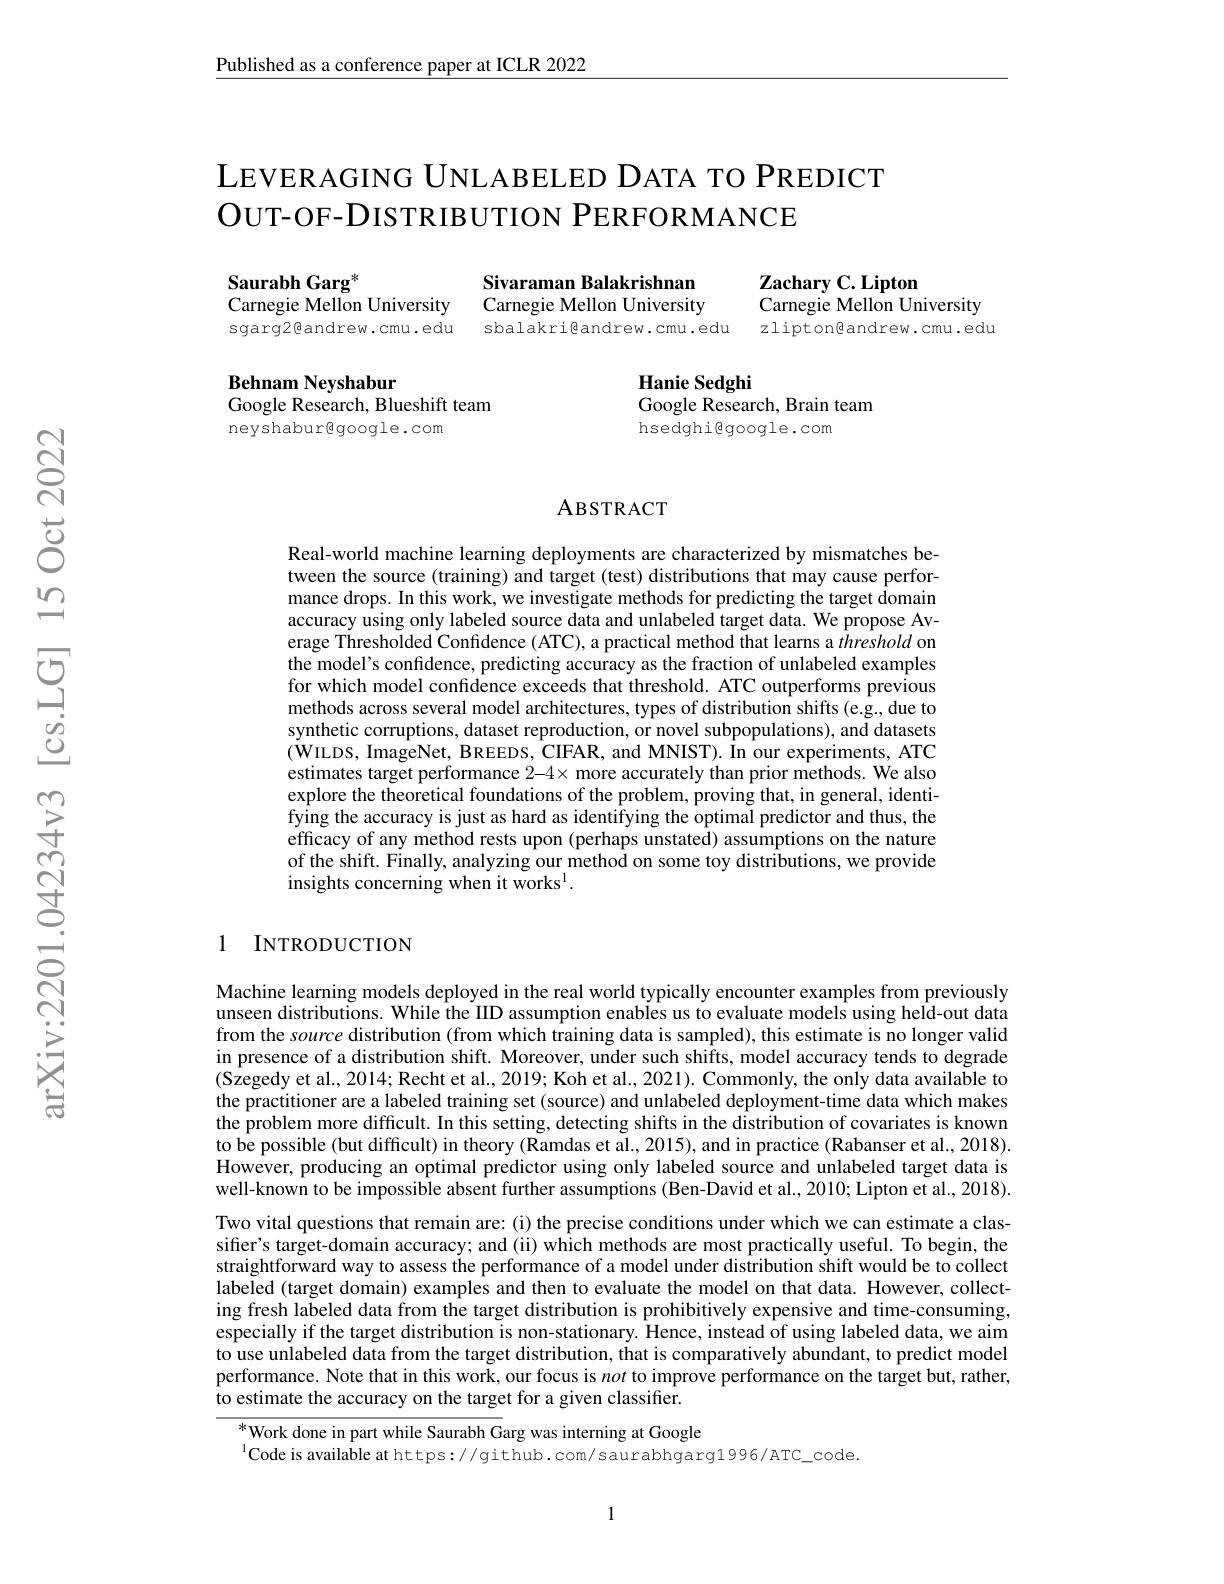
$\underline{\text{Published as a conference paper at ICLR 2022}}$

# LEVERAGING UNLABELED DATA TO PREDICT OUT-OF-DISTRIBUTION PERFORMANCE

Sivaraman Balakrishnan Carnegie Mellon University sbalakri@andrew.cmu.edu

Saurabh Garg$^{*}$
Carnegie Mellon University sgarg2@andrew.cmu.edu

Zachary C. Lipton
Carnegie Mellon University zliptongandrew.cmu.edu

Behnam Neyshabur
Google Research, Blueshift team
neyshaburgoogle.com

Hanie Sedghi
Google Research, Brain team
hsedghigoogle.com

### ABSTRACT

Real-world machine learning deployments are characterized by mismatches between the source (training) and target (test) distributions that may cause performance drops. In this work, we investigate methods for predicting the target domain accuracy using only labeled source data and unlabeled target data. We propose Average Thresholded Confidence (ATC), a practical method that learns a threshold on the model's confidence, predicting accuracy as the fraction of unlabeled examples for which model confidence exceeds that threshold. ATC outperforms previous methods across several model architectures, types of distribution shifts (e.g., due to synthetic corruptions, dataset reproduction, or novel subpopulations), and datasets $(\tilde{\text{WILDS, ImageNet, BREEDS, CIFAR, and MNIST). In our experiments, ATC}}$ estimates target performance 2-4× more accurately than prior methods. We also explore the theoretical foundations of the problem, proving that, in general, identifying the accuracy is just as hard as identifying the optimal predictor and thus, the efficacy of any method rests upon (perhaps unstated) assumptions on the nature of the shift. Finally, analyzing our method on some toy distributions, we provide insights concerning when it works$^{\mathrm{l}}.$

### 1 INTRODUCTION

Machine learning models deployed in the real world typically encounter examples from previously unseen distributions. While the IID assumption enables us to evaluate models using held-out data from the source distribution (from which training data is sampled), this estimate is no longer valid in presence of a distribution shift. Moreover, under such shifts, model accuracy tends to degrade (Szegedy et al., 2014; Recht et al., 2019; Koh et al., 2021). Commonly, the only data available to the practitioner are a labeled training set (source) and unlabeled deployment-time data which makes the problem more difficult. In this setting, detecting shifts in the distribution of covariates is known to be possible (but difficult) in theory (Ramdas et al., 2015),and in practice (Rabanser et al., 2018). However, producing an optimal predictor using only labeled source and unlabeled target data is well-known to be impossible absent further assumptions (Ben-David et al., 2010; Lipton et al., 2018). Two vital questions that remain are: (i) the precise conditions under which we can estimate a classiffer's target-domain accuracy; and (ii) which methods are most practically useful. To begin, the straightforward way to assess the performance of a model under distribution shift would be to collect labeled (target domain) examples and then to evaluate the model on that data. However, collecting fresh labeled data from the target distribution is prohibitively expensive and time-consuming, especially if the target distribution is non-stationary. Hence, instead of using labeled data, we aim to use unlabeled data from the target distribution, that is comparatively abundant, to predict model performance. Note that in this work, our focus is not to improve performance on the target but, rather, to estimate the accuracy on the target for a given classifier.

$^*$Work done in part while Saurabh Garg was interning at Google
$^{\mathrm{l}}\dot{\text{Code is available at https:}}//\dot{\text{github.com/saurabhgarg1996/ATC\_code.}}$

1